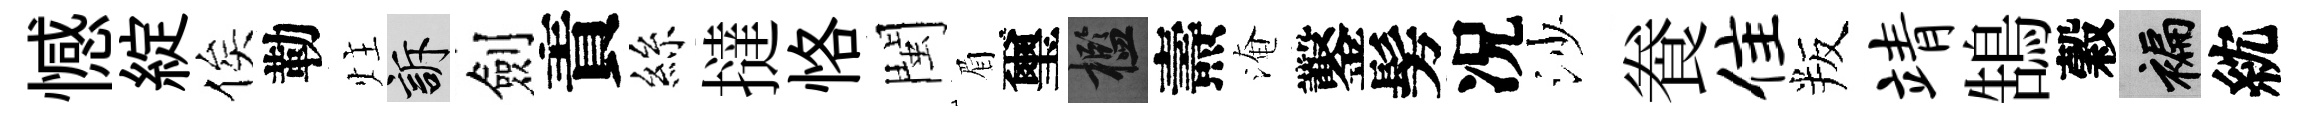
憾綻俟勒炷訴劍責絲撻恪閩眉璽檻燾淹鑿髣况沙飬隹叛靖鵠穀褊紞